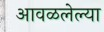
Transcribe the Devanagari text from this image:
आवळलेल्या